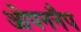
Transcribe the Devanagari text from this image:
ओपननैप